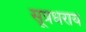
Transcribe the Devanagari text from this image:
सूत्रधराय